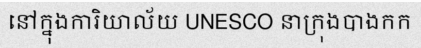
នៅក្នុងការិយាល័យ UNESCO នាក្រុងបាងកក